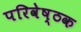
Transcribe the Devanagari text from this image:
परिवेष्ठक